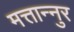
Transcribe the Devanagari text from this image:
मत्तान्नुर